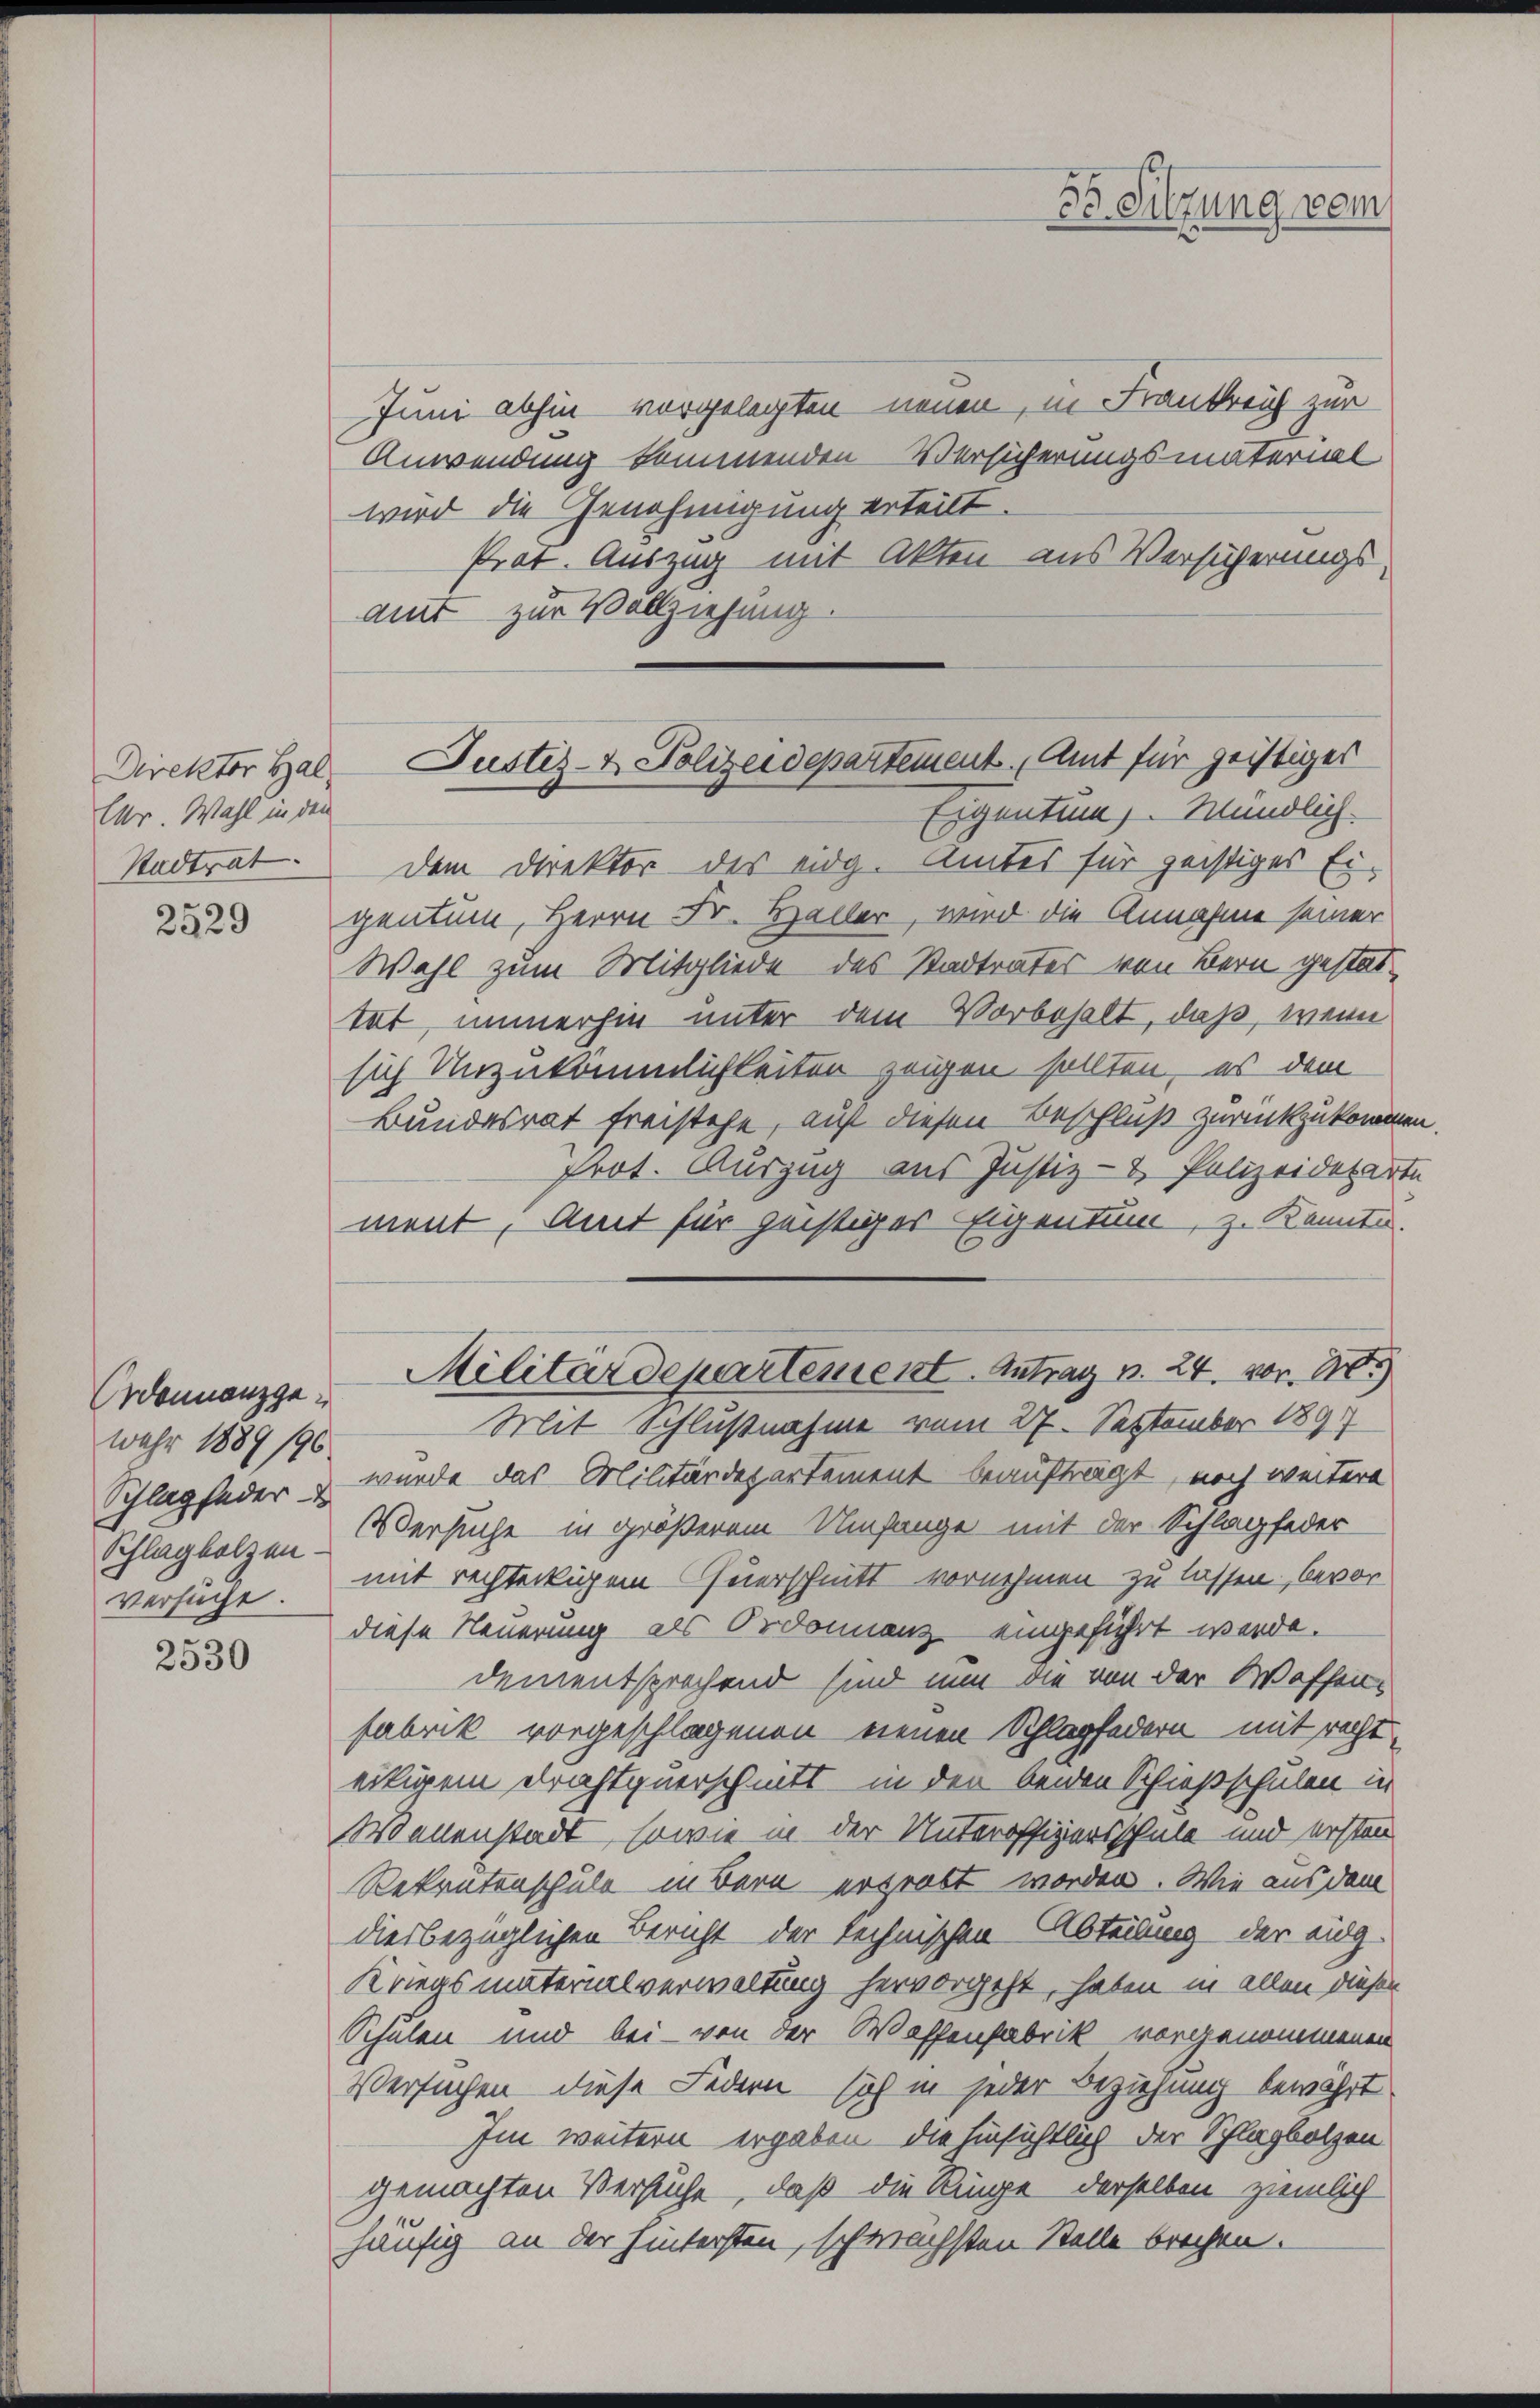
Direktor Hal
Uhr. Wahl in den
Stadträt. |

2529

Ordonnanzgewahr 1889/96.
Schlagfeder
Schlagholzen-
versuche.

2530

Juni abhin vorgelegten neuen, in Frankreich zur
Anwendung kommenden Versicherungsmaterisch
wird die Genehmigung erteilt.
Prat. Auszug mit Akten aus Versicherungs-
amt zur Vollziehung.

Eigentum, Mündlich-
dem Direktor des eidg. Amtes für geistiges Eigentum, Herrn Dr. Haller, wird die Annahme seiner
Wahl zum Mitgliede des Stadtrates von Bern gestattat, immerhin unter dem Vorbehalt, daß, wenn
sich Unzukömmlichkeiten zeigen sollten, es dem
Bundesrat freistehe, auf diesen Beschluß zurückzukommen.
Prot. Auszug aus Justiz- & Polizeideparte
ment. Amt für geistiger Eigentum, z. Kenntn
Mit Schlußnahme vom 27. September 1891
wurde das Militärdepartement beauftragt, noch weitere
Versuche in größerem Umfange mit der Schlagfeder
mit rechteckigem Querschnitt vornehmen zu lassen, bevor-
diese Neuerung als Ordonnanz eingeführt werde.
dementsprechend sind nun die von der Waffen
fabrik vorgeschlagenen einen Schlagfedern mit rechteitigem Drahtquerschnitt in den beiden Schießschulen in
Wenenstadt, sowie in der Unteroffiziersschule und ersten
Rekrutenschule in Bern ergrabt worden. Wie aus dem
diesbezüglichen Bericht der technischen Abteilung der eidg.
Kriegsmaterialverwaltung hervorgeht, haben in allen dieser
Schulen und bei - von der Waffenfabrik vorgenommenen
Versuchen diese Federn sich in jeder Beziehung bewährt
Im weitern ergaben, die Einsichtlich der Schlagbolzen
gemachten Versuche, daß die Ringe derselben ziemlich
häufig an der hintersten, schwächsten Stelle brechen.

Fo Sitzung vom

Justiz- & Polizeidepartement. Amt für geistiges

Militärdepartement. Antrag v. 24. vor. 20.